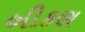
બીકણ